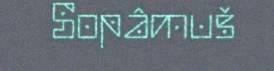
Sopâmuš